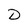
Character: D